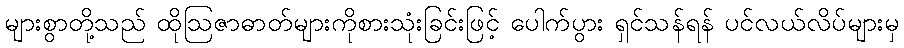
များစွာတို့သည် ထိုဩဇာဓာတ်များကိုစားသုံးခြင်းဖြင့် ပေါက်ပွား ရှင်သန်ရန် ပင်လယ်လိပ်များမှ